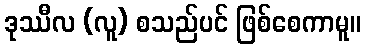
ဒုဿီလ (လူ) စသည်ပင် ဖြစ်စေကာမူ။